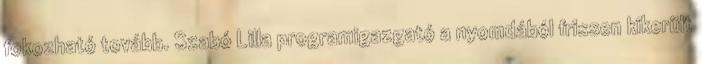
fokozható tovább. Szabó Lilla programigazgató a nyomdából frissen kikerült